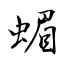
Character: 蝞